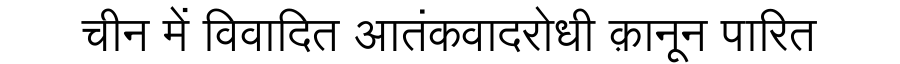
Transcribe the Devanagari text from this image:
चीन में विवादित आतंकवादरोधी क़ानून पारित